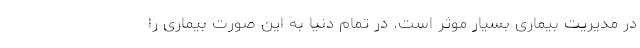
در مدیریت بیماری بسیار موثر است. در تمام دنیا به این صورت بیماری را